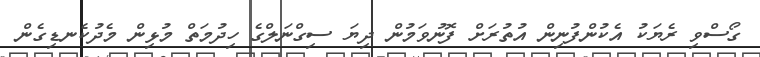
ގޯސްވި ރެޔަކު އެކުންފުނިން އުތުރަށް ފޮނުވަމުން ދިޔަ ސިގްނަލްގެ ހިދުމަތް މުޅިން މެދުކެނޑިގެން